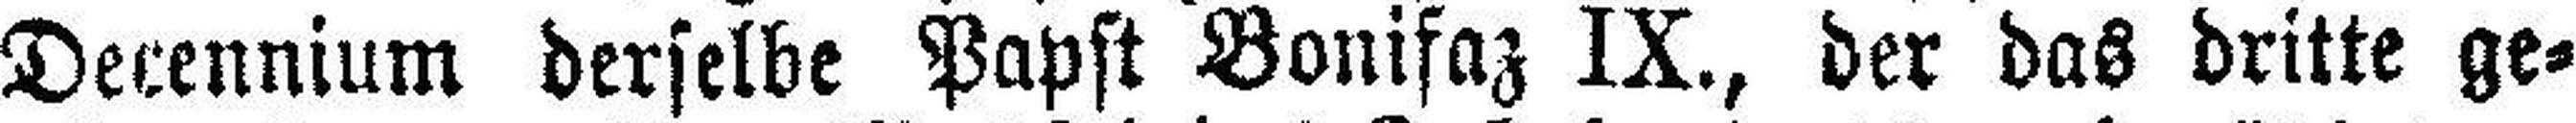
Decennium derselbe Papst Bonifaz IX., der das dritte ge¬